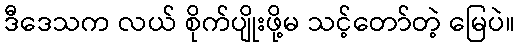
ဒီဒေသက လယ် စိုက်ပျိုးဖို့မ သင့်တော်တဲ့ မြေပဲ။